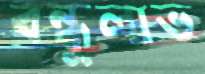
বন্ধুলাভ